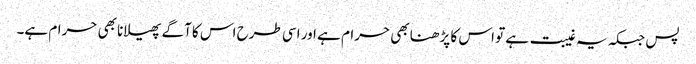
پس جبکہ یہ غیبت ہے تو اس کا پڑھنا بھی حرام ہے اور اسی طرح اس کا آگے پھیلانا بھی حرام ہے۔